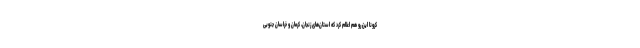
کرونا این رو هم اعلام کرد که استان‌های زنجان، کرمان و خراسان جنوبی